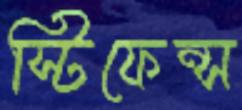
স্টিফেন্স